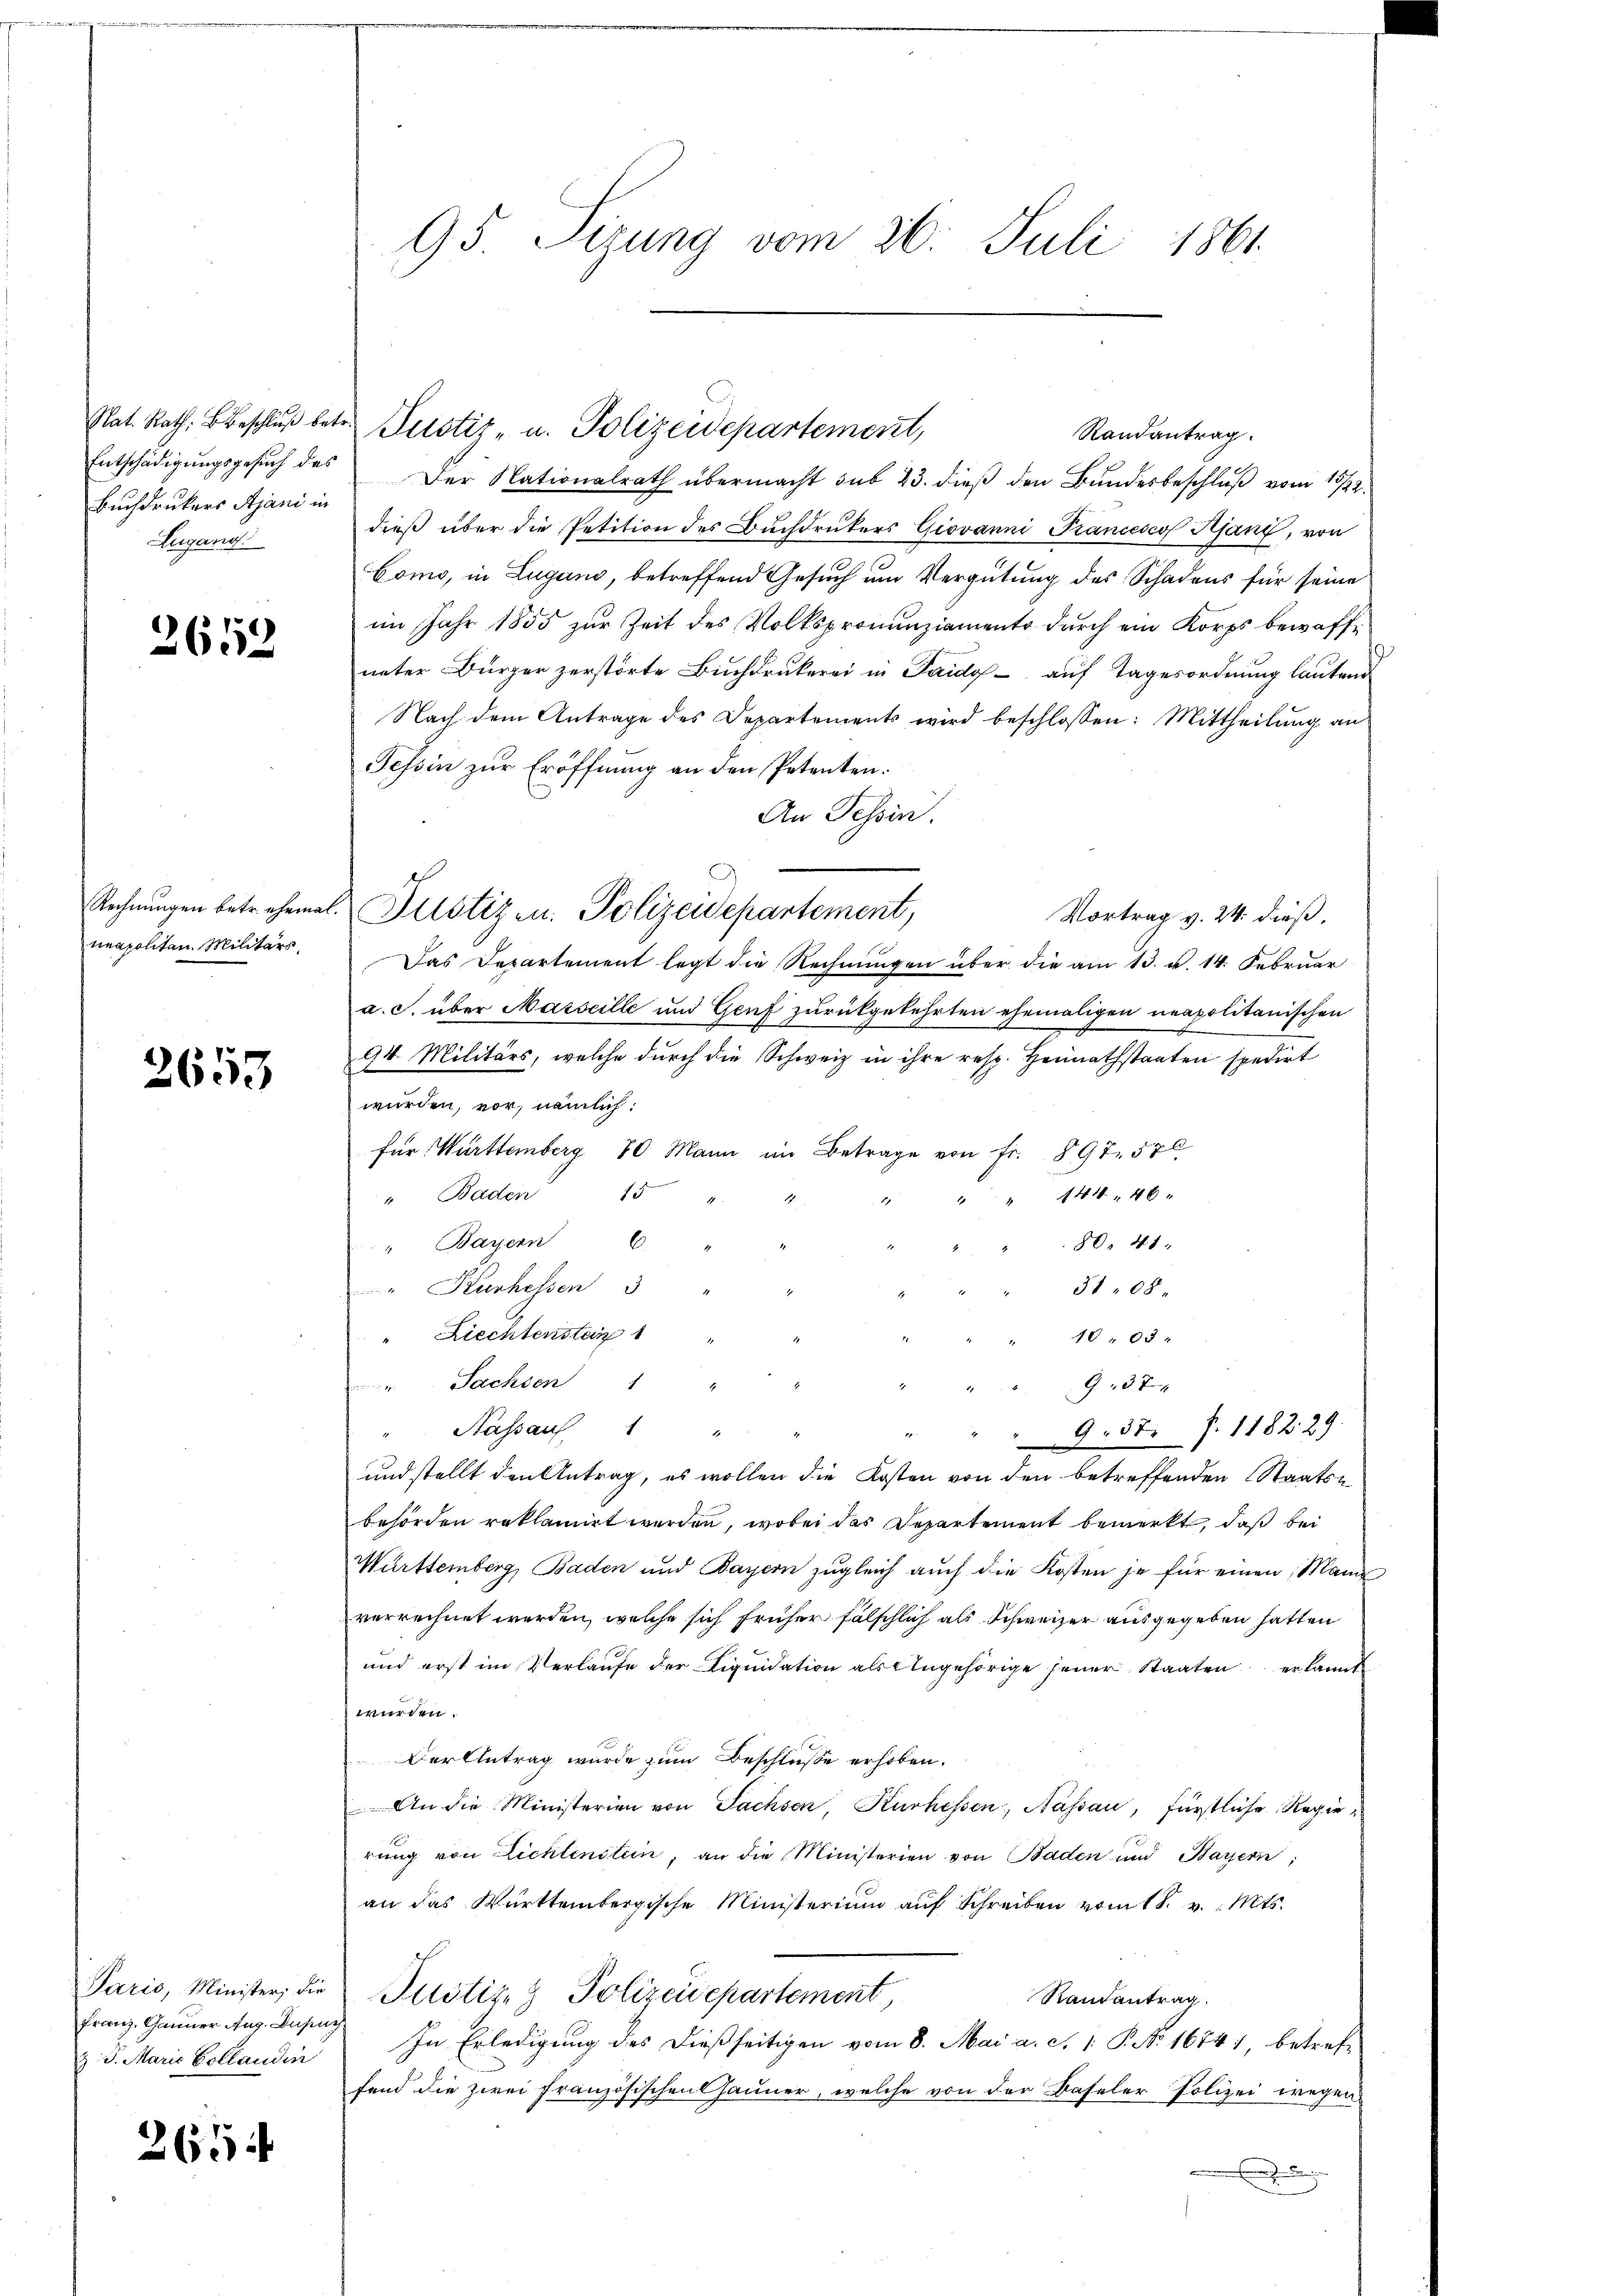
Entschädigungsgesuch des
Buchdrukers Ajani in
Lugang.

2659

Rechnungen betr. ehemal.
neapolitan. Militärs,

2653

Paris, Minister; die
Franz-Canner Aug. Dusu
J. J. Marie Kollaudin

265

95. Sizung vom 26. Juli 1861

Rat. Rath, Beschlŭβ betr. Justiz- u. Polizeidepartement,

Der Nationalrath übermacht sub 23. dieß den Bundesbeschluß vom 15/22.
dieß über die Petition des Buchdrukers Giovanni Prancescof Kant, von
Como, in Lugano, betreffend Gesuch um Vergütung des Schadens für seine
im Jahr 1855 zur Zeit des Volkspronunziamento durch ein Korps bewaffunter Bürger zerstörte Buchdrukerei in Paidy- auf Tagesordnung lautend
Nach dem Antrage des Departements wird beschlossen: Mittheilung an
Tessin zur Eröffnung an den Petenten.
An Tessin.
Justiz u. Polizeidepartement,
Vortrag v. 24. dieß.
Das Departement legt die Rechnungen über die am 13. v. 14. Februar
a. c. über Marseille und Genf zurükgekehrten ehemaligen neapolitanischen
94 Militärs, welche durch die Schweiz in ihre resp. Heimathstaaten spedirt
würden, vor, nämlich:
für Württemberg 20 Mann im Betrage von Fr. 897. 570
" Baden 1
" 144, 46
1
80, 41
" Bayern E
" Kurhessen 3
3108
"Riechtenstein
1005
" Sachsen 1
937
Nassauf 1
a
9. 37 f. 1182. 29.
und stellt den Antrag, es wollen die Kosten von den betreffenden Staatse
behörden reklamirt werden, wobei das Departement bemerkt, daß bei
Württemberg, Baden und Bayern zugleich auch die Kosten je für einen Mann
verrechnet werden, welche sich früher fälschlich als Schweizer ausgegeben hatten
und erst im Verlaufe der Liquidation als Angehörige seiner Staaten er kannt
würden.
Der Antrag wurde zum Beschlusse erhoben.
An die Ministerien von Sachsen, Kurhessen, Nassau, fürstliche Regierung von Lichtenitein, an die Ministerien von Baden und Bayern,
an das Württembergische Ministerium aŭf Schreiben vom 18. v. Mts.
Justiz- & Polizeidepartement,
Rautantrag.
In Erledigung des dießseitigen vom 8. Mai a. c. 1. P. No 1674), betref-
fend die zwei Französischens Jauner, welche von der Baseler Polizei wegen

Randantrag.